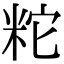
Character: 𥹈